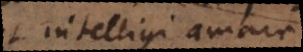
intelligi, amare